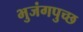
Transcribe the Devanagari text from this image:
भुजंगपुच्छ